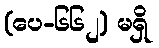
(ပေ-၆၆၂) မရှိ